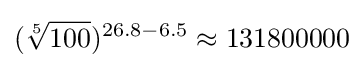
({\sqrt[{5}]{100}})^{26.8-6.5}\approx 131800000